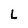
Character: L